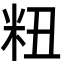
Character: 粈